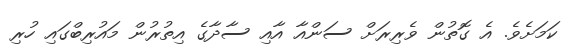
ކަމަށެވެ. އެ ގޮތުން ވެރިރަށް ސަންއާ އާއި ސާދާގެ އިތުރުން މައުރިބްގައި ހުރި